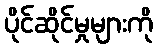
ပိုင်ဆိုင်မှုများကို